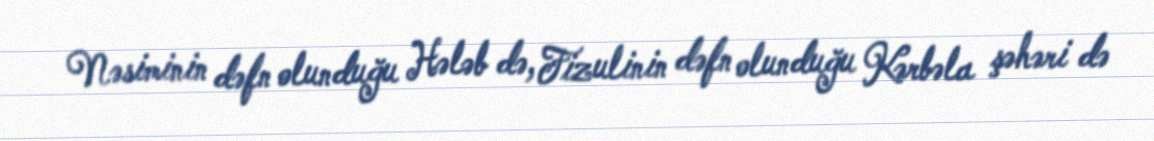
Nəsiminin dəfn olunduğu Hələb də, Fizulinin dəfn olunduğu Kərbəla şəhəri də